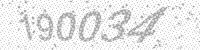
Solution: 190034